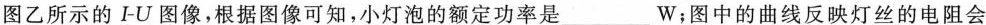
图乙所示的I-U图像，根据图像可知，小灯泡的额定功率是_______W；图中的曲线反映灯丝的电阻会